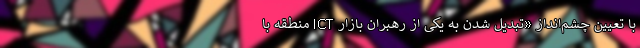
با تعیین چشم‌انداز «تبدیل شدن به یکی از رهبران بازار ICT منطقه با